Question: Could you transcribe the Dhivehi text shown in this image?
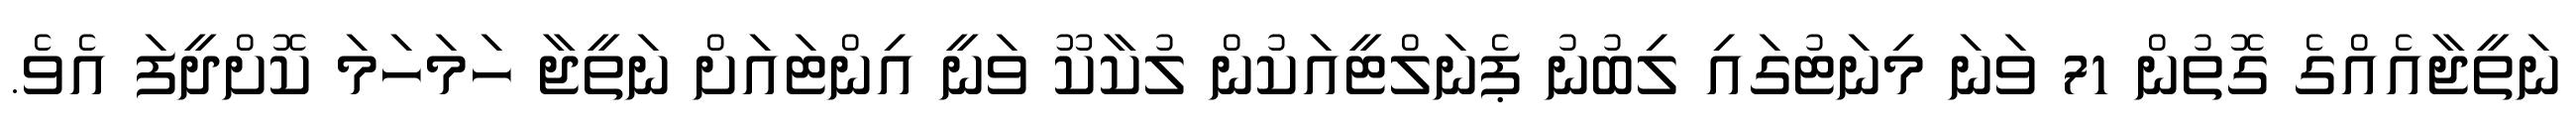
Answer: ނަތީޖާއެއްގެ ގޮތުން 71 ވަނަ މިނަޓުގައި ލިބުނު ޕެނަލްޓީއަކުން ލުކާކޫ ވަނީ އިންޓައަށް ނަތީޖާ ހަމަހަމަ ކޮށްދީފަ އެވެ.